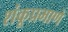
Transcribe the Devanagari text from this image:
शंकूप्रमाणे